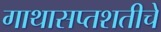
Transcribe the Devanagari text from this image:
गाथासप्तशतीचे